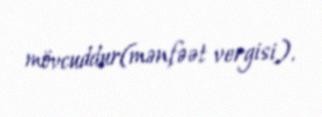
mövcuddur(mənfəət vergisi).